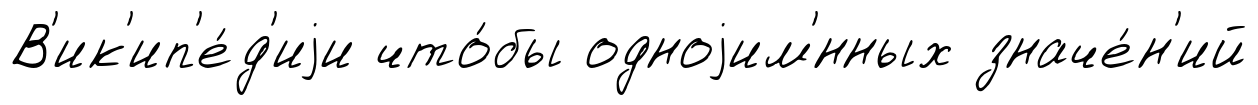
В'ик'ип'е́д'иjи что́бы одноjим'́нных значе́н'ий